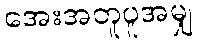
အေးအတူပူအမျှ